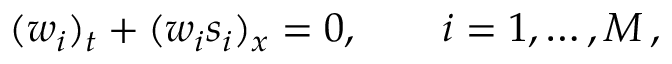
( w _ { i } ) _ { t } + ( w _ { i } s _ { i } ) _ { x } = 0 , \qquad i = 1 , \dots , M \, ,